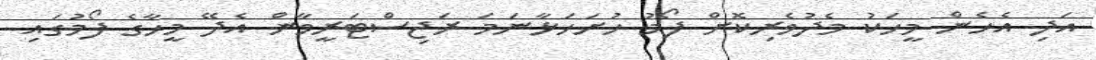
އަދި އެހެން މީހަކު މެދުވެރިކޮށް ފޯމު ހުށަހަޅާނަމަ ރަޖިސްޓަރީވާން އެދޭ މީހާގެ ފޯމުގައި